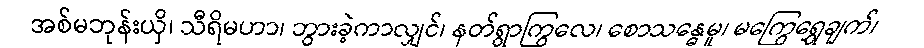
အစ်မဘုန်းယှိ၊ သီရိမဟာ၊ ဘွားခဲ့ကာလျှင်၊ နတ်ရွာကြွလေ၊ စောသန္ဓေမူ၊ မကြွေရွှေချက်၊